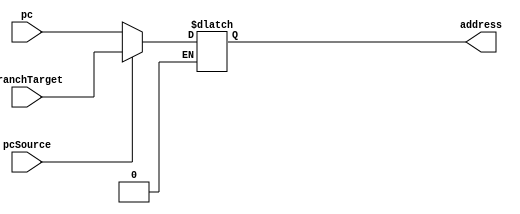
`timescale 1ns / 1ps

module Mux(pc, branchTarget, pcSource, address);
	
	input [31:0] pc;
	input [31:0] branchTarget;
	input pcSource;
	
	output reg[31:0]address;
	
	
	always @(pcSource or pc or branchTarget)
	      begin
			
			//address = pcSource ? branchTarget : pc;
			if (pcSource == 1)
				address = branchTarget;
			if (pcSource == 0)
				address = pc;
				  
			end

endmodule